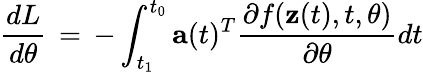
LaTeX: \frac{dL}{d\theta}\, =\, -\int_{t_{1}}^{t_{0}}\mathbf{a}(t)^{T}\frac{\partial f(\mathbf{z}(t),t,\theta)}{\partial\theta}dt